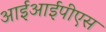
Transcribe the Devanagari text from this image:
आईआईपीएस